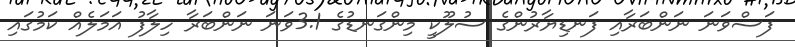
ފަސްވަނަ ނަންބަރާއި ފަނޑިޔާރުންގެ ސުލޫކީ މިންގަނޑުގެ 3.1ވަނަ ނަންބަރާ ހިލާފު އަމަލެއް ކަމުގައި